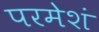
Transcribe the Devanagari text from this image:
परमेशं